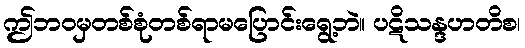
ဤဘဝမှတစ်စုံတစ်ရာမပြောင်းရွေ့ဘဲ။ ပဋိသန္ဒဟတိစ၊